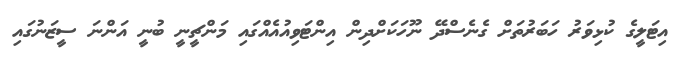
އިޓަލީގެ ކުޅިވަރު ހަބަރުތަށް ގެނެސްދޭ ނޫހަކަށްދިން އިންޓަވިއުއެއްގައި މަންޗީނީ ބުނީ އަންނަ ސީޒަނުގައި